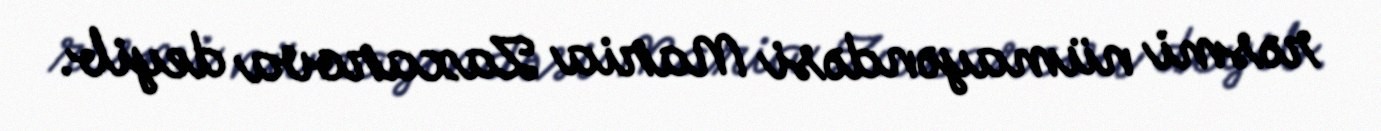
rəsmi nümayəndəsi Maria Zaxarova deyib.